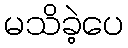
မသိခဲ့ပေ